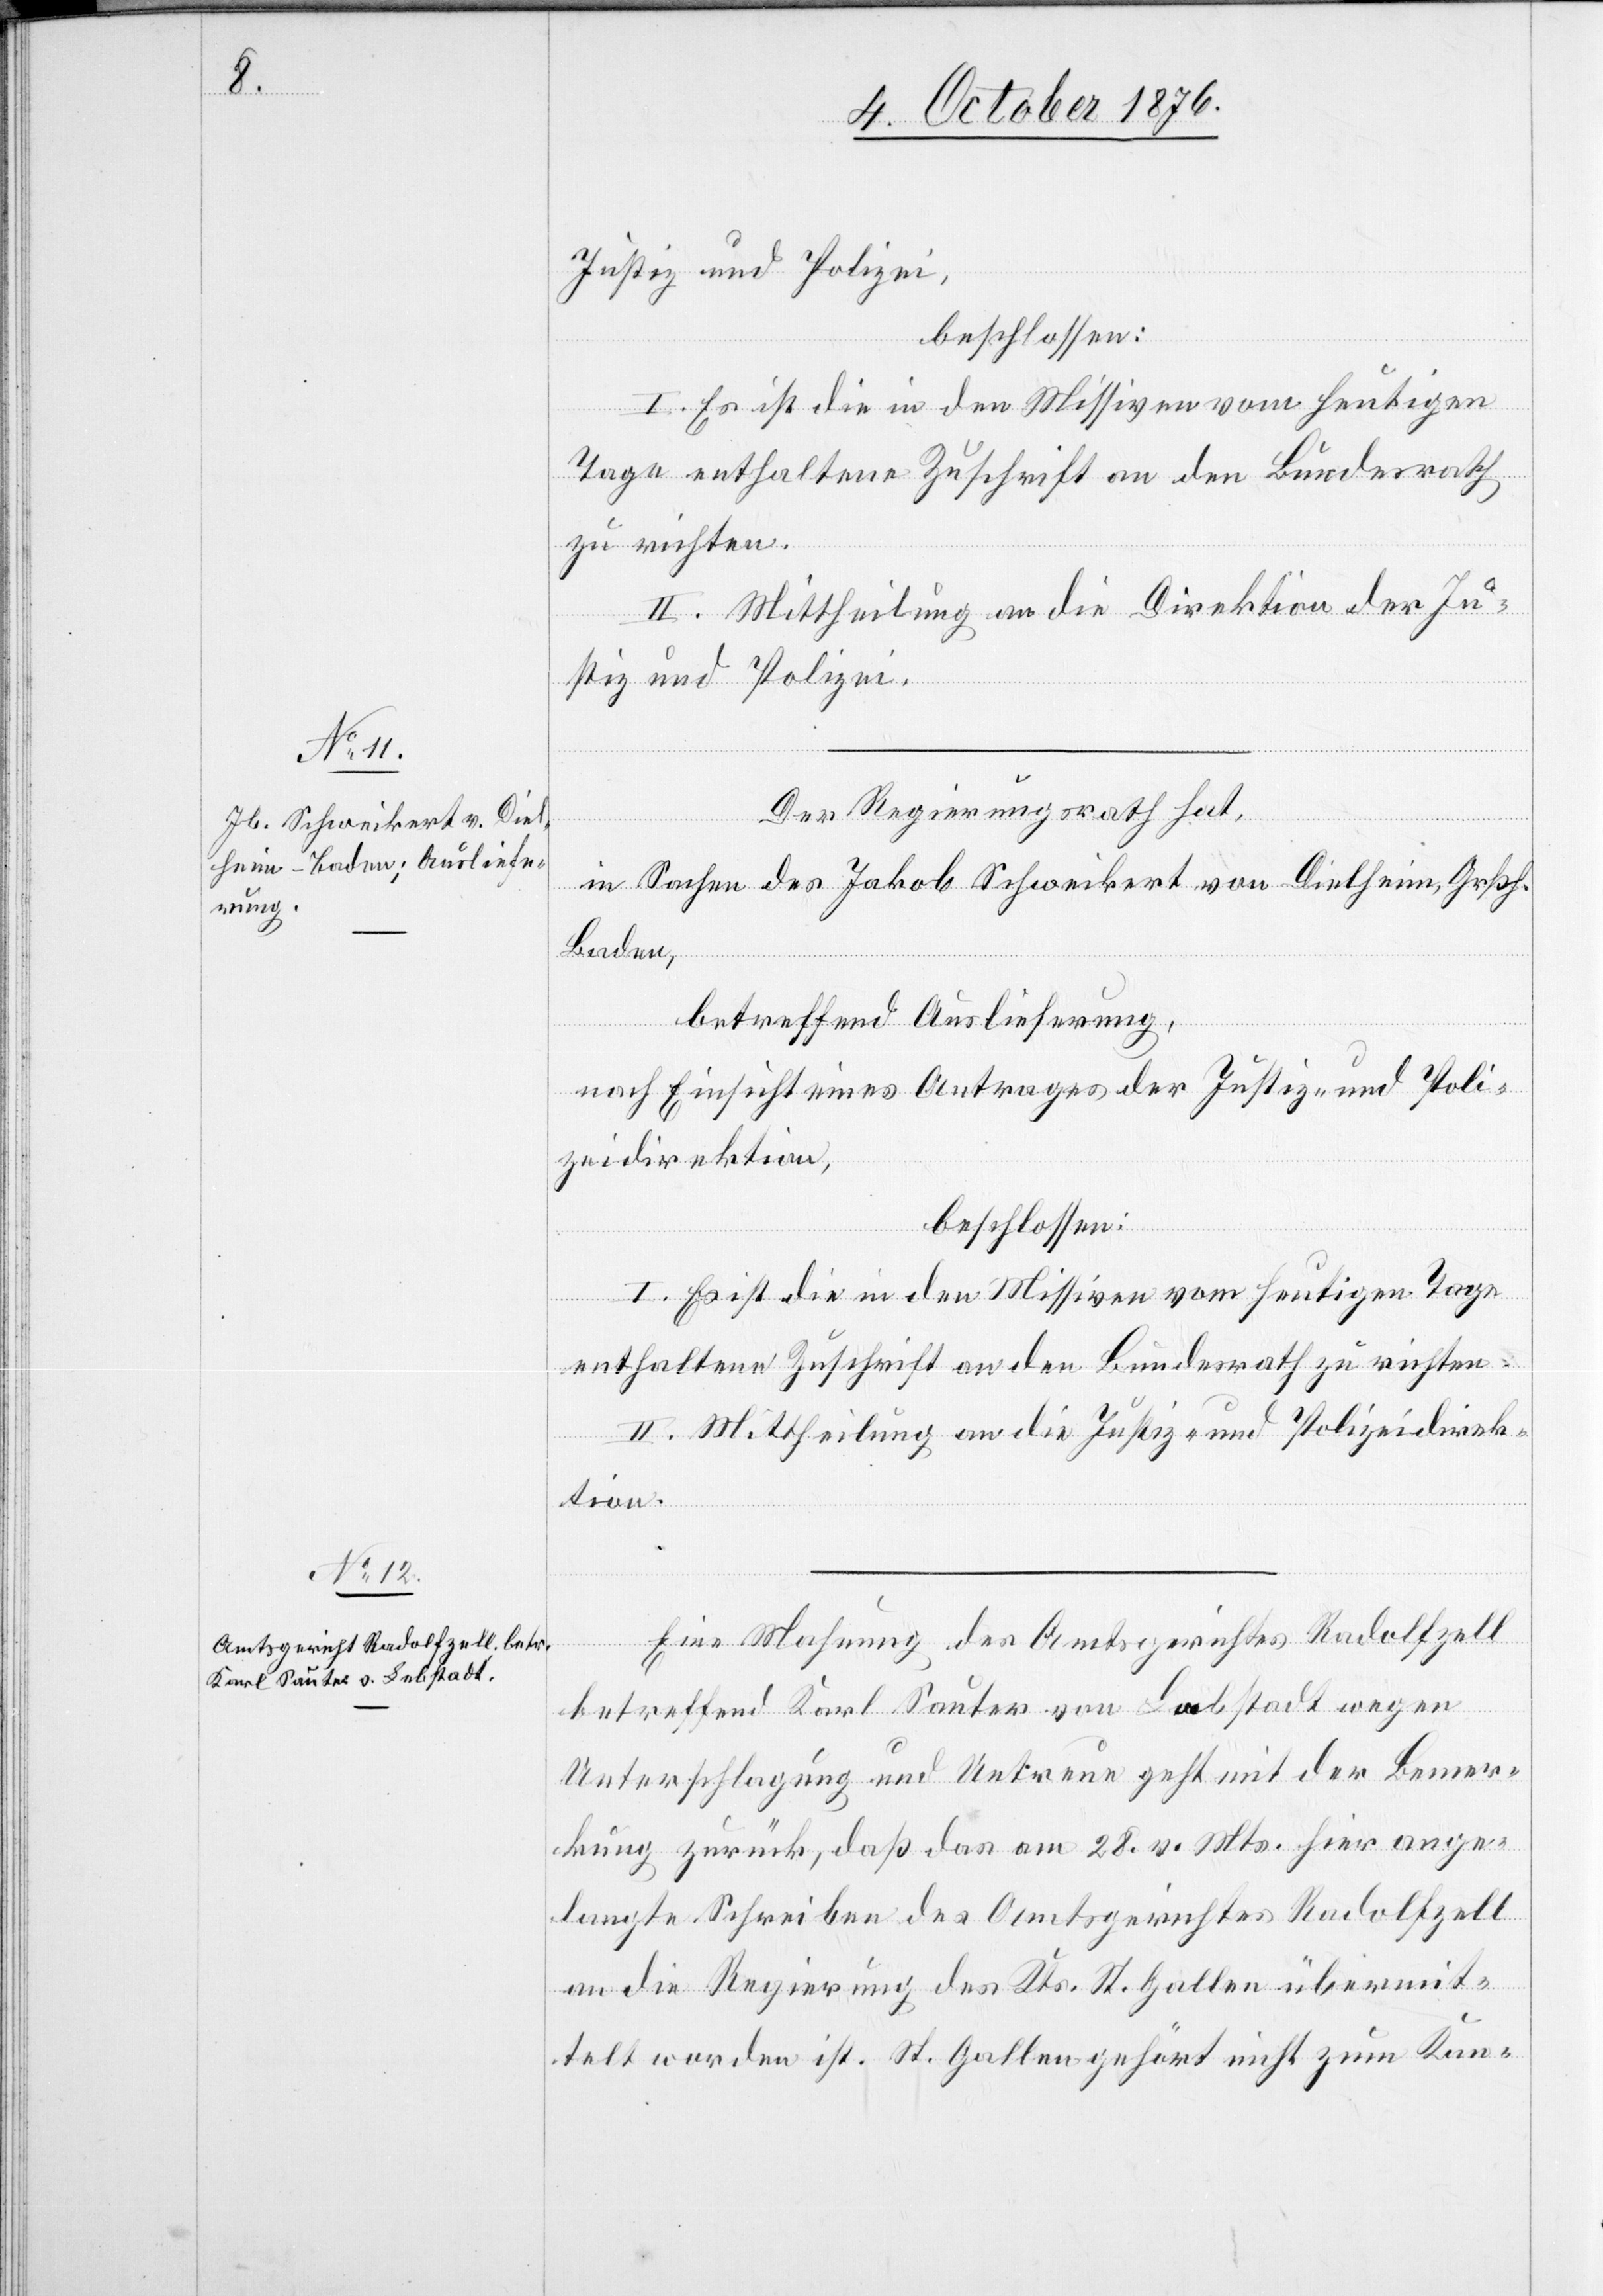
des
4. Oct. 1876.]
Justiz und Polizei,
beschlossen:
I. Es ist die in den Missiven vom heutigen
Tage enthaltene Zuschrift an den Bundesrath
zu richten.
II. Mittheilung an die Direktion der Ju¬
stiz und Polizei.
Der Regierungsrath hat,
in Sachen des Jakob Schweikert von Dielheim, Grßh.
Baden,
betreffend Auslieferung,
nach Einsicht eines Antrages der Justiz- und Poli¬
zeidirektion,
beschlossen:
I. Es ist die in den Missiven vom heutigen Tage
enthaltene Zuschrift an den Bundesrath zu richten.
II. Mittheilung an die Justiz- und Polizeidirek¬
tion.
betreffend Karl Sauter von Lebstadt wegen
Unterschlagung und Untreue geht mit der Bemer¬
kung zurück, daß das am 28. vor. Mts. hier ange¬
langte Schreiben des Amtsgerichtes Radolfzell
an die Regierung des Kts. St. Gallen übermit¬
telt worden ist. St. Gallen gehört nicht zum Kan-